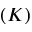
( K )